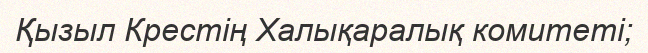
Қызыл Крестің Халықаралық комитеті;